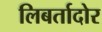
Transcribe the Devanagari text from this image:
लिबर्तादोर